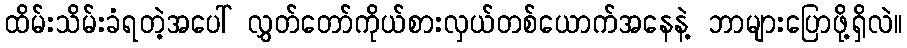
ထိမ်းသိမ်းခံရတဲ့အပေါ် လွှတ်တော်ကိုယ်စားလှယ်တစ်ယောက်အနေနဲ့ ဘာများပြောဖို့ရှိလဲ။